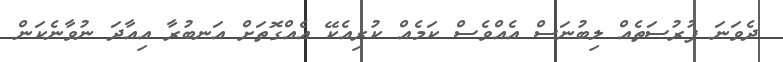
ދެވަނަ ފުރުސަތެއް ލިބުނަސް އެއްވެސް ކަމެއް ކުރިއެކޭ އެއްގޮތަށް އަނބުރާ އިއާދަ ނުވާނެކަން